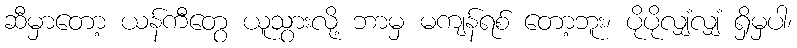
ဆီမှာတော့ ယန်ကီတွေ ယူသွားလို့ ဘာမှ မကျန်ရစ် တော့ဘူး၊ ပိုပိုလျှံလျှံ ရှိမှပါ၊